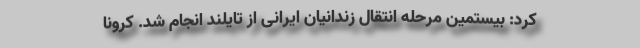
کرد: بیستمین مرحله انتقال زندانیان ایرانی از تایلند انجام شد. کرونا